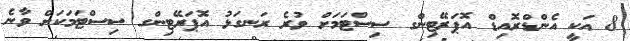
8 އަކީ އެންޑްރޮއިޑް އޮޕަރޭޓިންގ ސިސްޓަމަށް ވުރެ ރަނގަޅު އޮޕަރޭޓިންގ ސިސްޓަމަކަށް ވާނެ